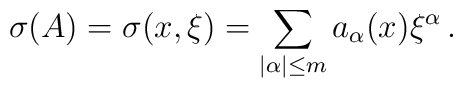
\sigma(A)=\sigma(x,\xi)=\sum_{|\alpha|\leq m} a_{\alpha}(x){\xi}^{\alpha}\,.